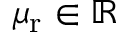
\mu _ { \mathrm { r } } \in \mathbb { R }